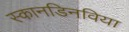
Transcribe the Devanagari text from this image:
स्कानडिनविया